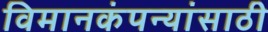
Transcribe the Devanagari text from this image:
विमानकंपन्यांसाठी